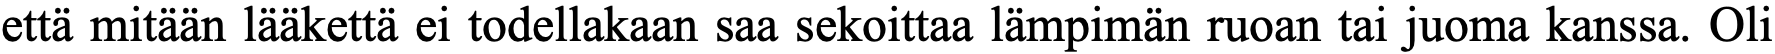
että mitään lääkettä ei todellakaan saa sekoittaa lämpimän ruoan tai juoma kanssa. Oli